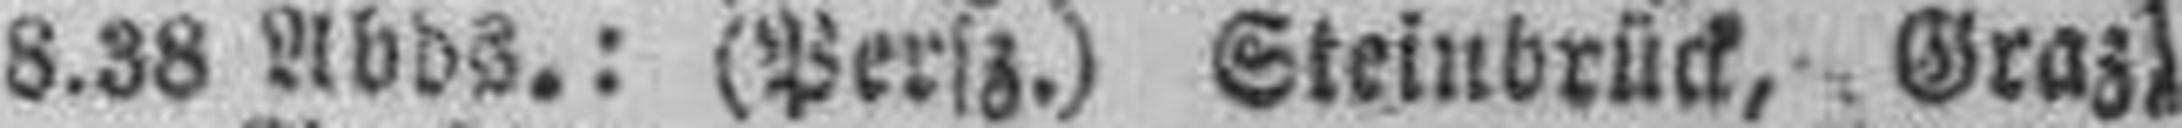
8.38 Abds.: (Persz.) Steinbrück, Graz,